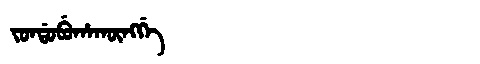
Manchu: ᠵᠣᠨᡩᠣᠪᡠᡥᠠᡴᡡᠩᡤᡝ
Romanization: JONDOBUHAKŪNGGE